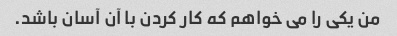
من یکی را می خواهم که کار کردن با آن آسان باشد.